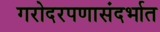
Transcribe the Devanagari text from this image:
गरोदरपणासंदर्भात